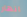
انهار